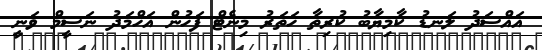
އައްސަދު ލަނޑު ކާމިޔާބު ކުރިތާ ހަތަރު މިނެޓް ފަހުން އަހްމަދު ނަސީމް ވަނީ